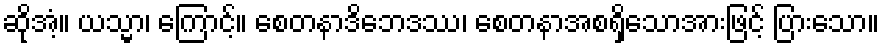
ဆိုအံ့။ ယသ္မာ၊ ကြောင့်။ စေတနာဒိဘေဒဿ၊ စေတနာအစရှိသောအားဖြင့် ပြားသော။